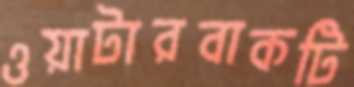
ওয়াটারবাকটি